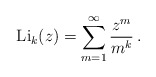
\begin{align*} {\rm Li}_k(z)=\sum_{m=1}^\infty\frac{z^m}{m^k}\,. \end{align*}